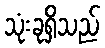
သုံးခုရှိသည်